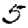
Digit: 5